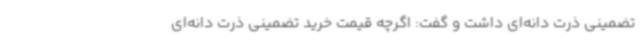
تضمینی ذرت دانه‌ای داشت و گفت: اگرچه قیمت خرید تضمینی ذرت دانه‌ای